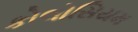
કોલોસિયમ